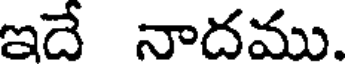
ఇదే నాదము.